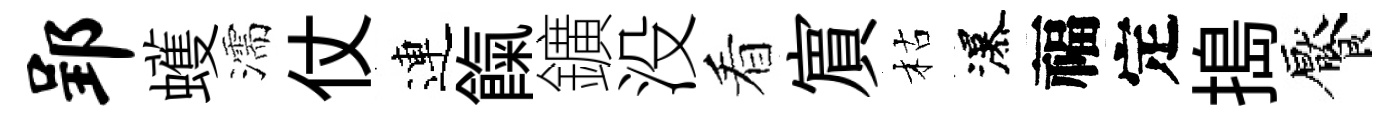
郢蠖濡仗連餼鑛没看賔枯瀑福定搗饜